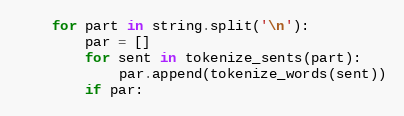
Language: Python
    for part in string.split('\n'):
        par = []
        for sent in tokenize_sents(part):
            par.append(tokenize_words(sent))
        if par: